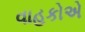
વાહકોએ